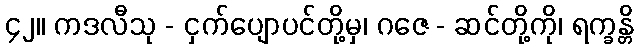
၄၂။ ကဒလီသု - ငှက်ပျောပင်တို့မှ၊ ဂဇေ - ဆင်တို့ကို၊ ရက္ခန္တိ